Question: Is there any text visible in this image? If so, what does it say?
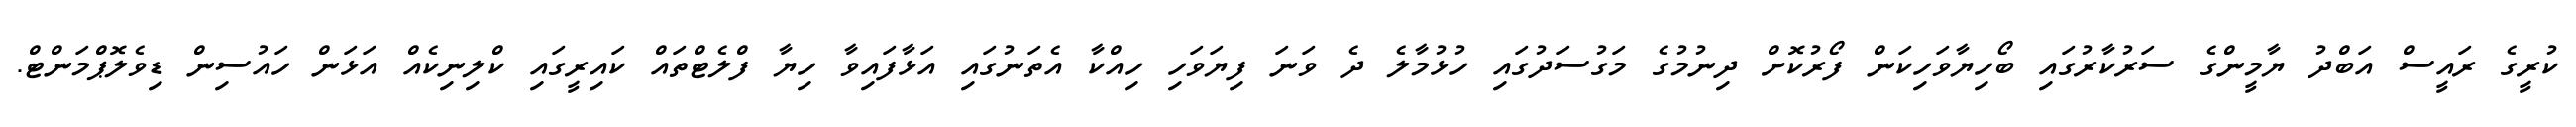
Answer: ކުރީގެ ރައީސް އަބްދު ޔާމީންގެ ސަރުކާރުގައި ބޯހިޔާވަހިކަން ފޯރުކޮށް ދިނުމުގެ މަގުސަދުގައި ހުޅުމާލެ ދެ ވަނަ ފިޔަވަހި ހިއްކާ އެތަނުގައި އަޅާފައިވާ ހިޔާ ފްލެޓްތައް ކައިރީގައި ކްލިނިކެއް އަޅަން ހައުސިން ޑިވެލޮޕްމަންޓް.